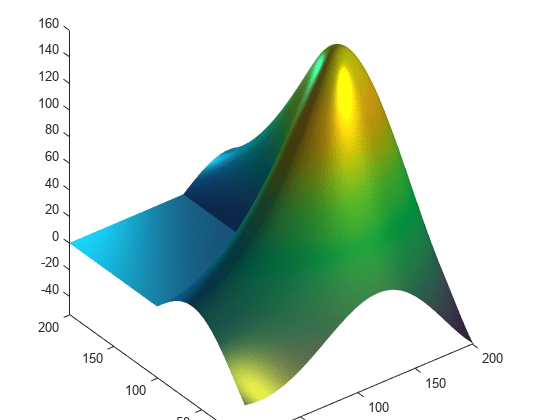
matlab, surface, light